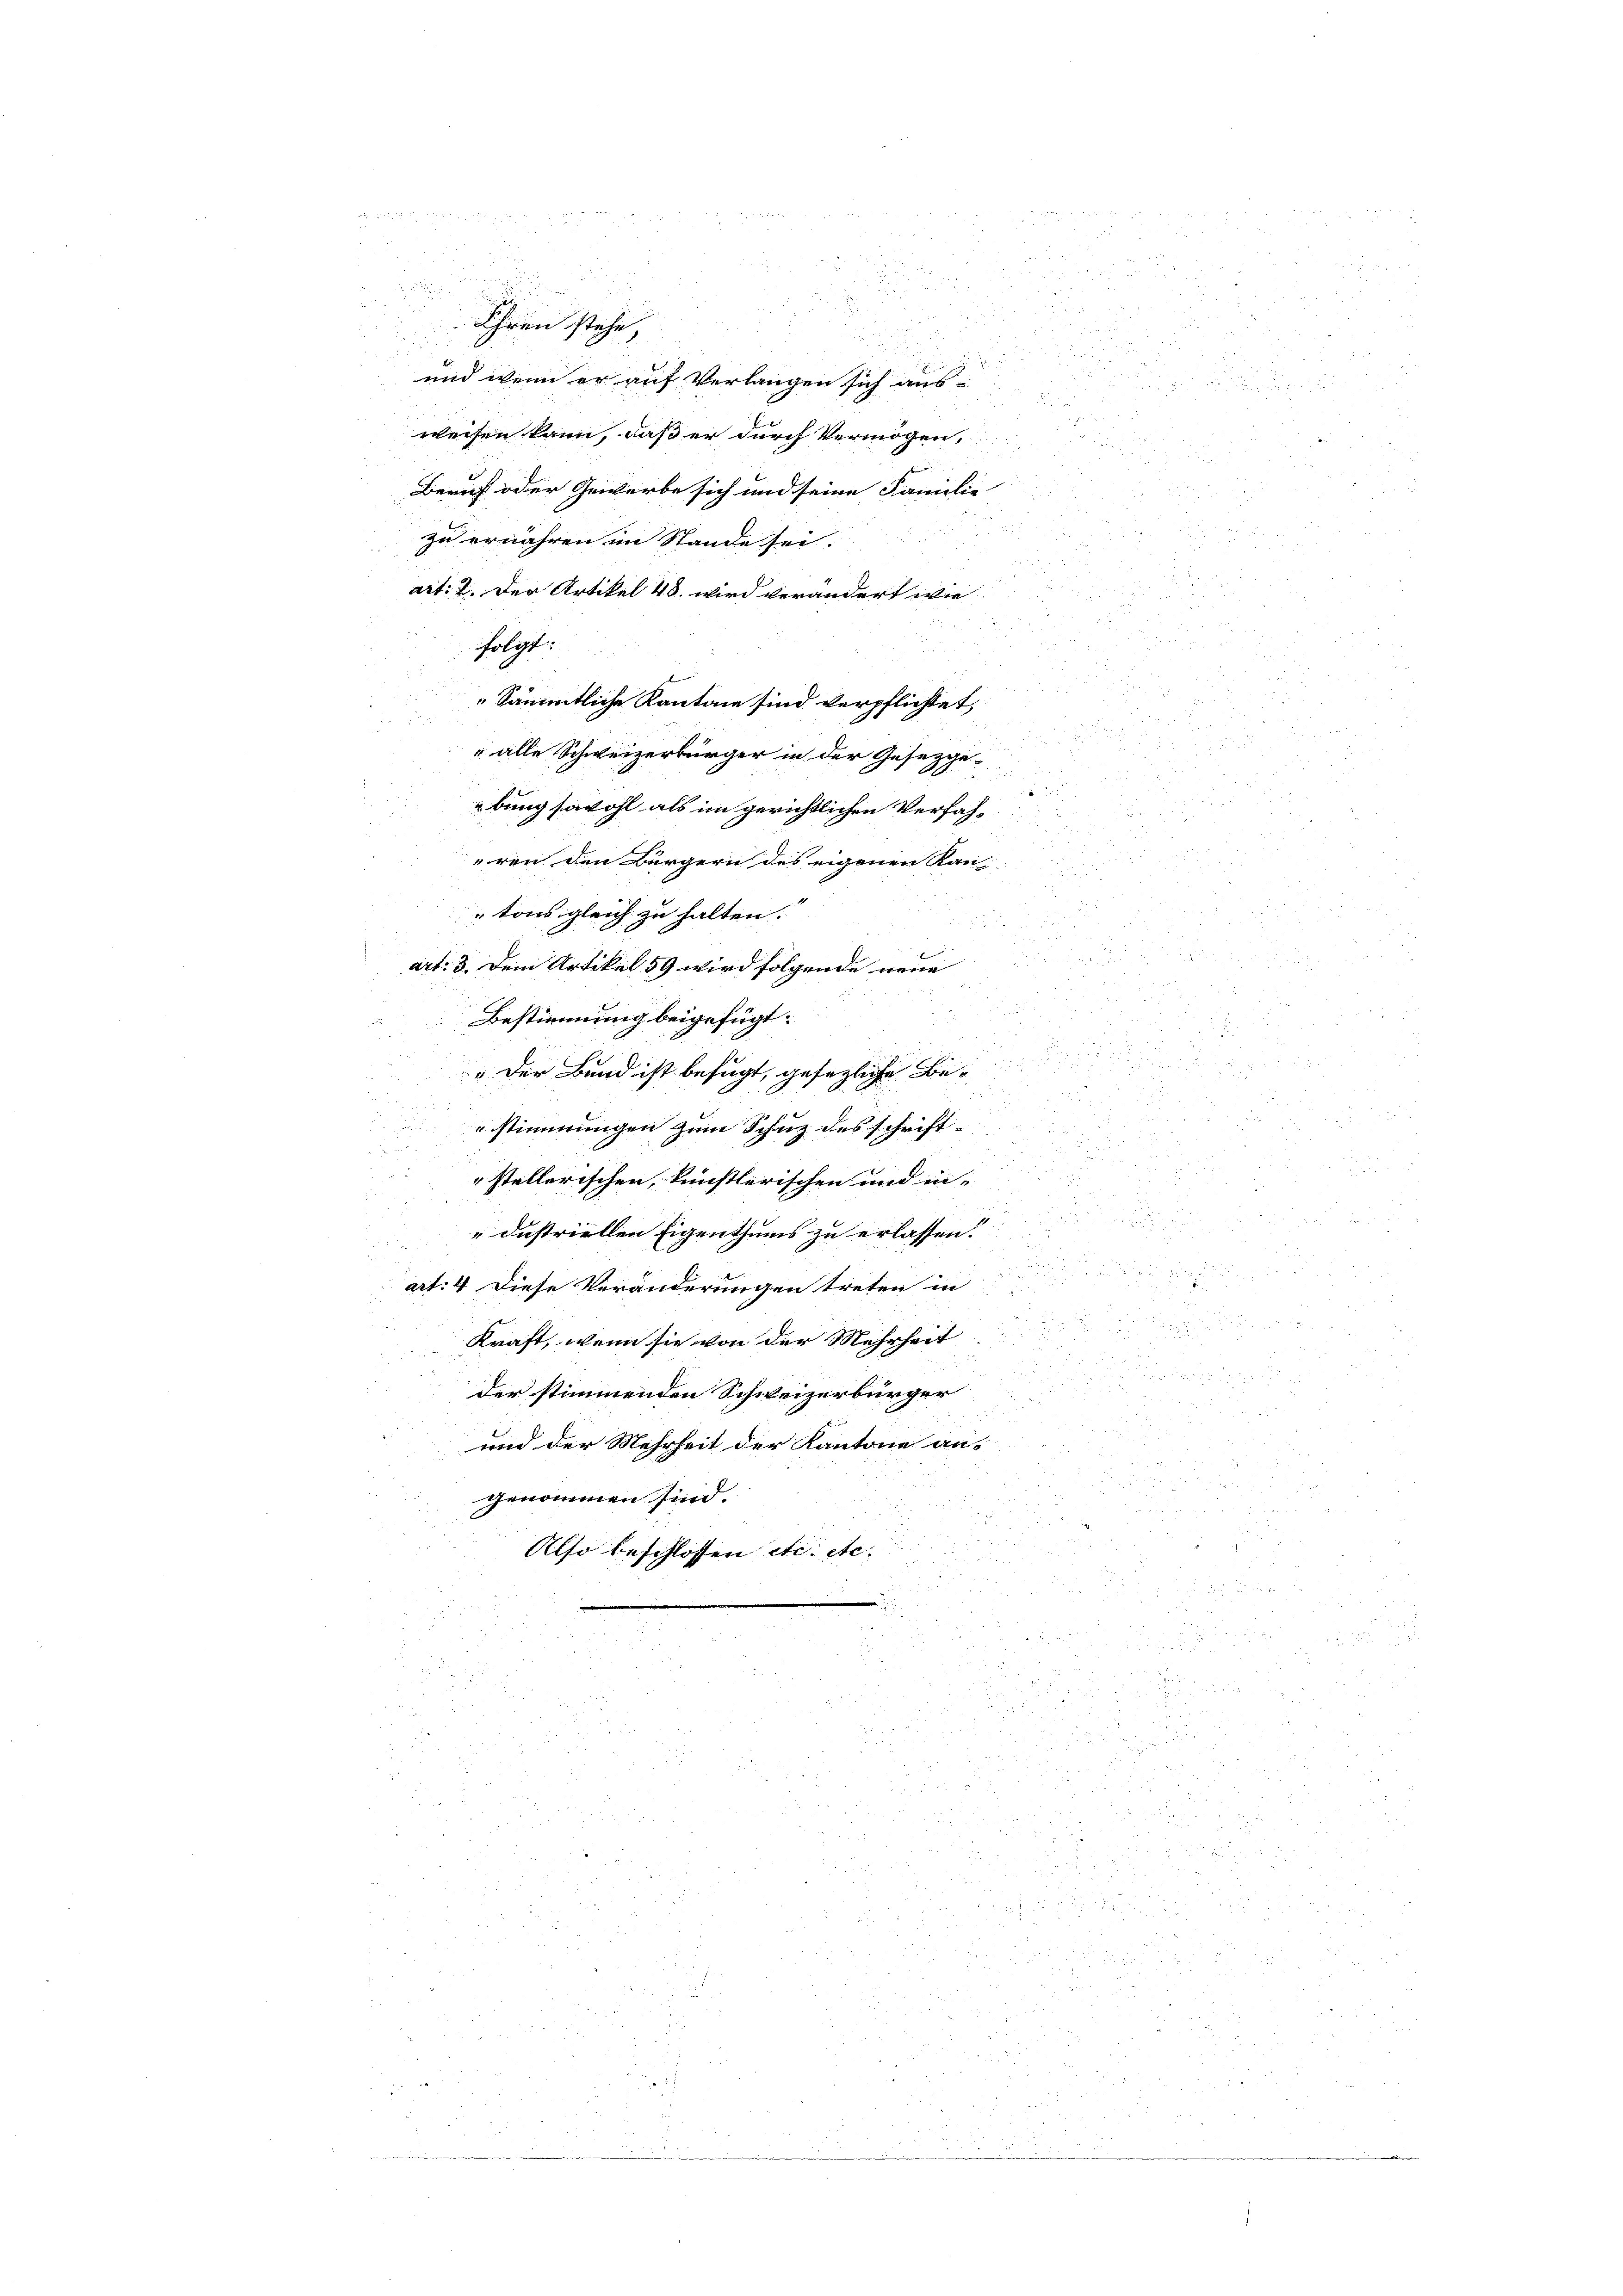
Ehren stehe,
.
d
und wenn er auf Verlangen sich aus

weisen kann, daß er durch Vermögen,
u
20
r

Bericht oder Gewerbe sich und seine Familie
.
.
5
.
i
zu ernähren im Stande sei.

282 n 258.
u
art: 2. Der Artikel 48. wird verändert wie

.
 237
Ticina
 25

 24 x
Sämmtliche Kantone sind verpflichtet,
1
85 x

2
 alle Schweizerbürger in der Gesetzge
r

u
ebung sowohl als im gerichtlichen Verfah-

ren den Bürgern des eigenen Kan
e

tons gleich zu halten.
25 f 0 x
e

art: 3. Dein Artikel 59 wird folgende neue
   8
5

Bestimmung beigefügt:
wen u
2

" der Bund ist befugt, gesezliche Be-

.
.
2
n
n

stimmungen zum Schaz des schrift
4

57
" stellerischen, künstlerischen und in-

¬
dustriellen Eigenthums zu erlassen.

art: 4. Diese Veränderungen treten in

Kraft, wenn sie von der Mehrheit

der stimmenden Schweizerbürger
 2 x 2 x
 222.

und der Mehrheit der Kantone aus
br 1850

3
genommen sind.

x
Also beschlossen etc. etc.
e
2
2

a

folgt: